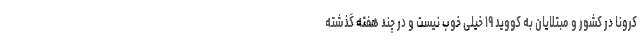
کرونا در کشور و مبتلایان به کووید ۱۹ خیلی خوب نیست و در چند هفته گذشته